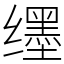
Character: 𬙊